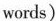
words)